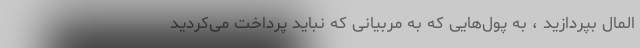
المال بپردازید ، به پول‌هایی که به مربیانی که نباید پرداخت می‌کردید